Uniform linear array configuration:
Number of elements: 8
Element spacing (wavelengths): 0.5
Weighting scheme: kaiser
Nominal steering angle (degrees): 45
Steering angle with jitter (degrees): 45.41
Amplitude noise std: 0.05
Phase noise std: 0.05

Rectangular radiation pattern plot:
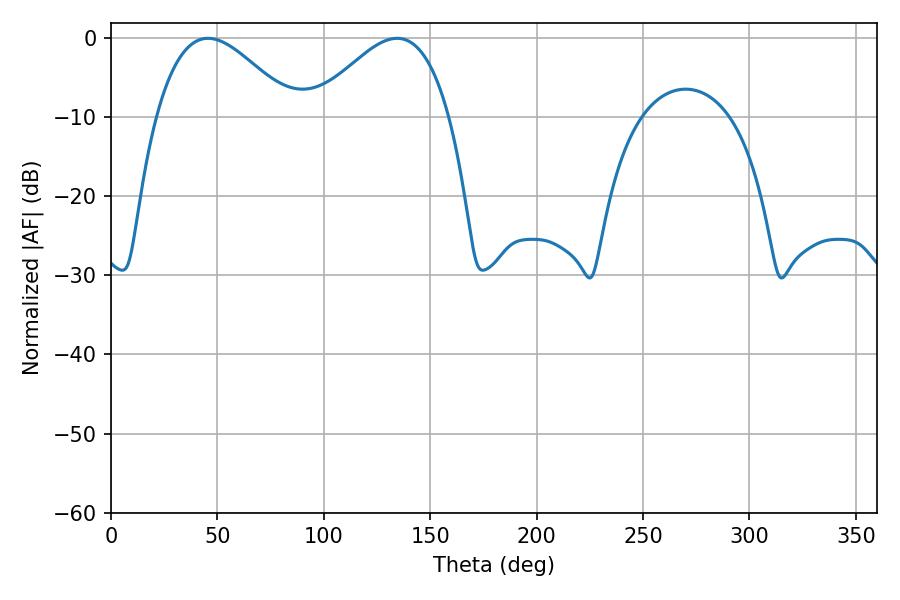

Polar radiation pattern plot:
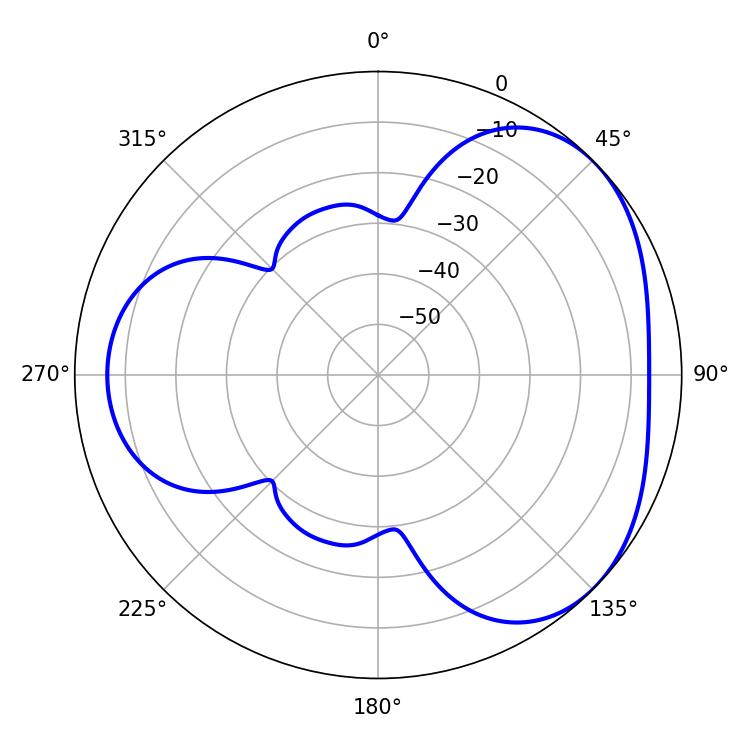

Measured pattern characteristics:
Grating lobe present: FALSE
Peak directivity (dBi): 3.648
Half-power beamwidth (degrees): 34.74
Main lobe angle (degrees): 45.54